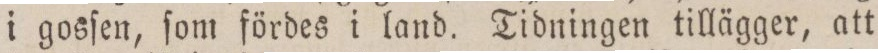
i gosſen, ſom fördes i land. Tidningen tillägger, att